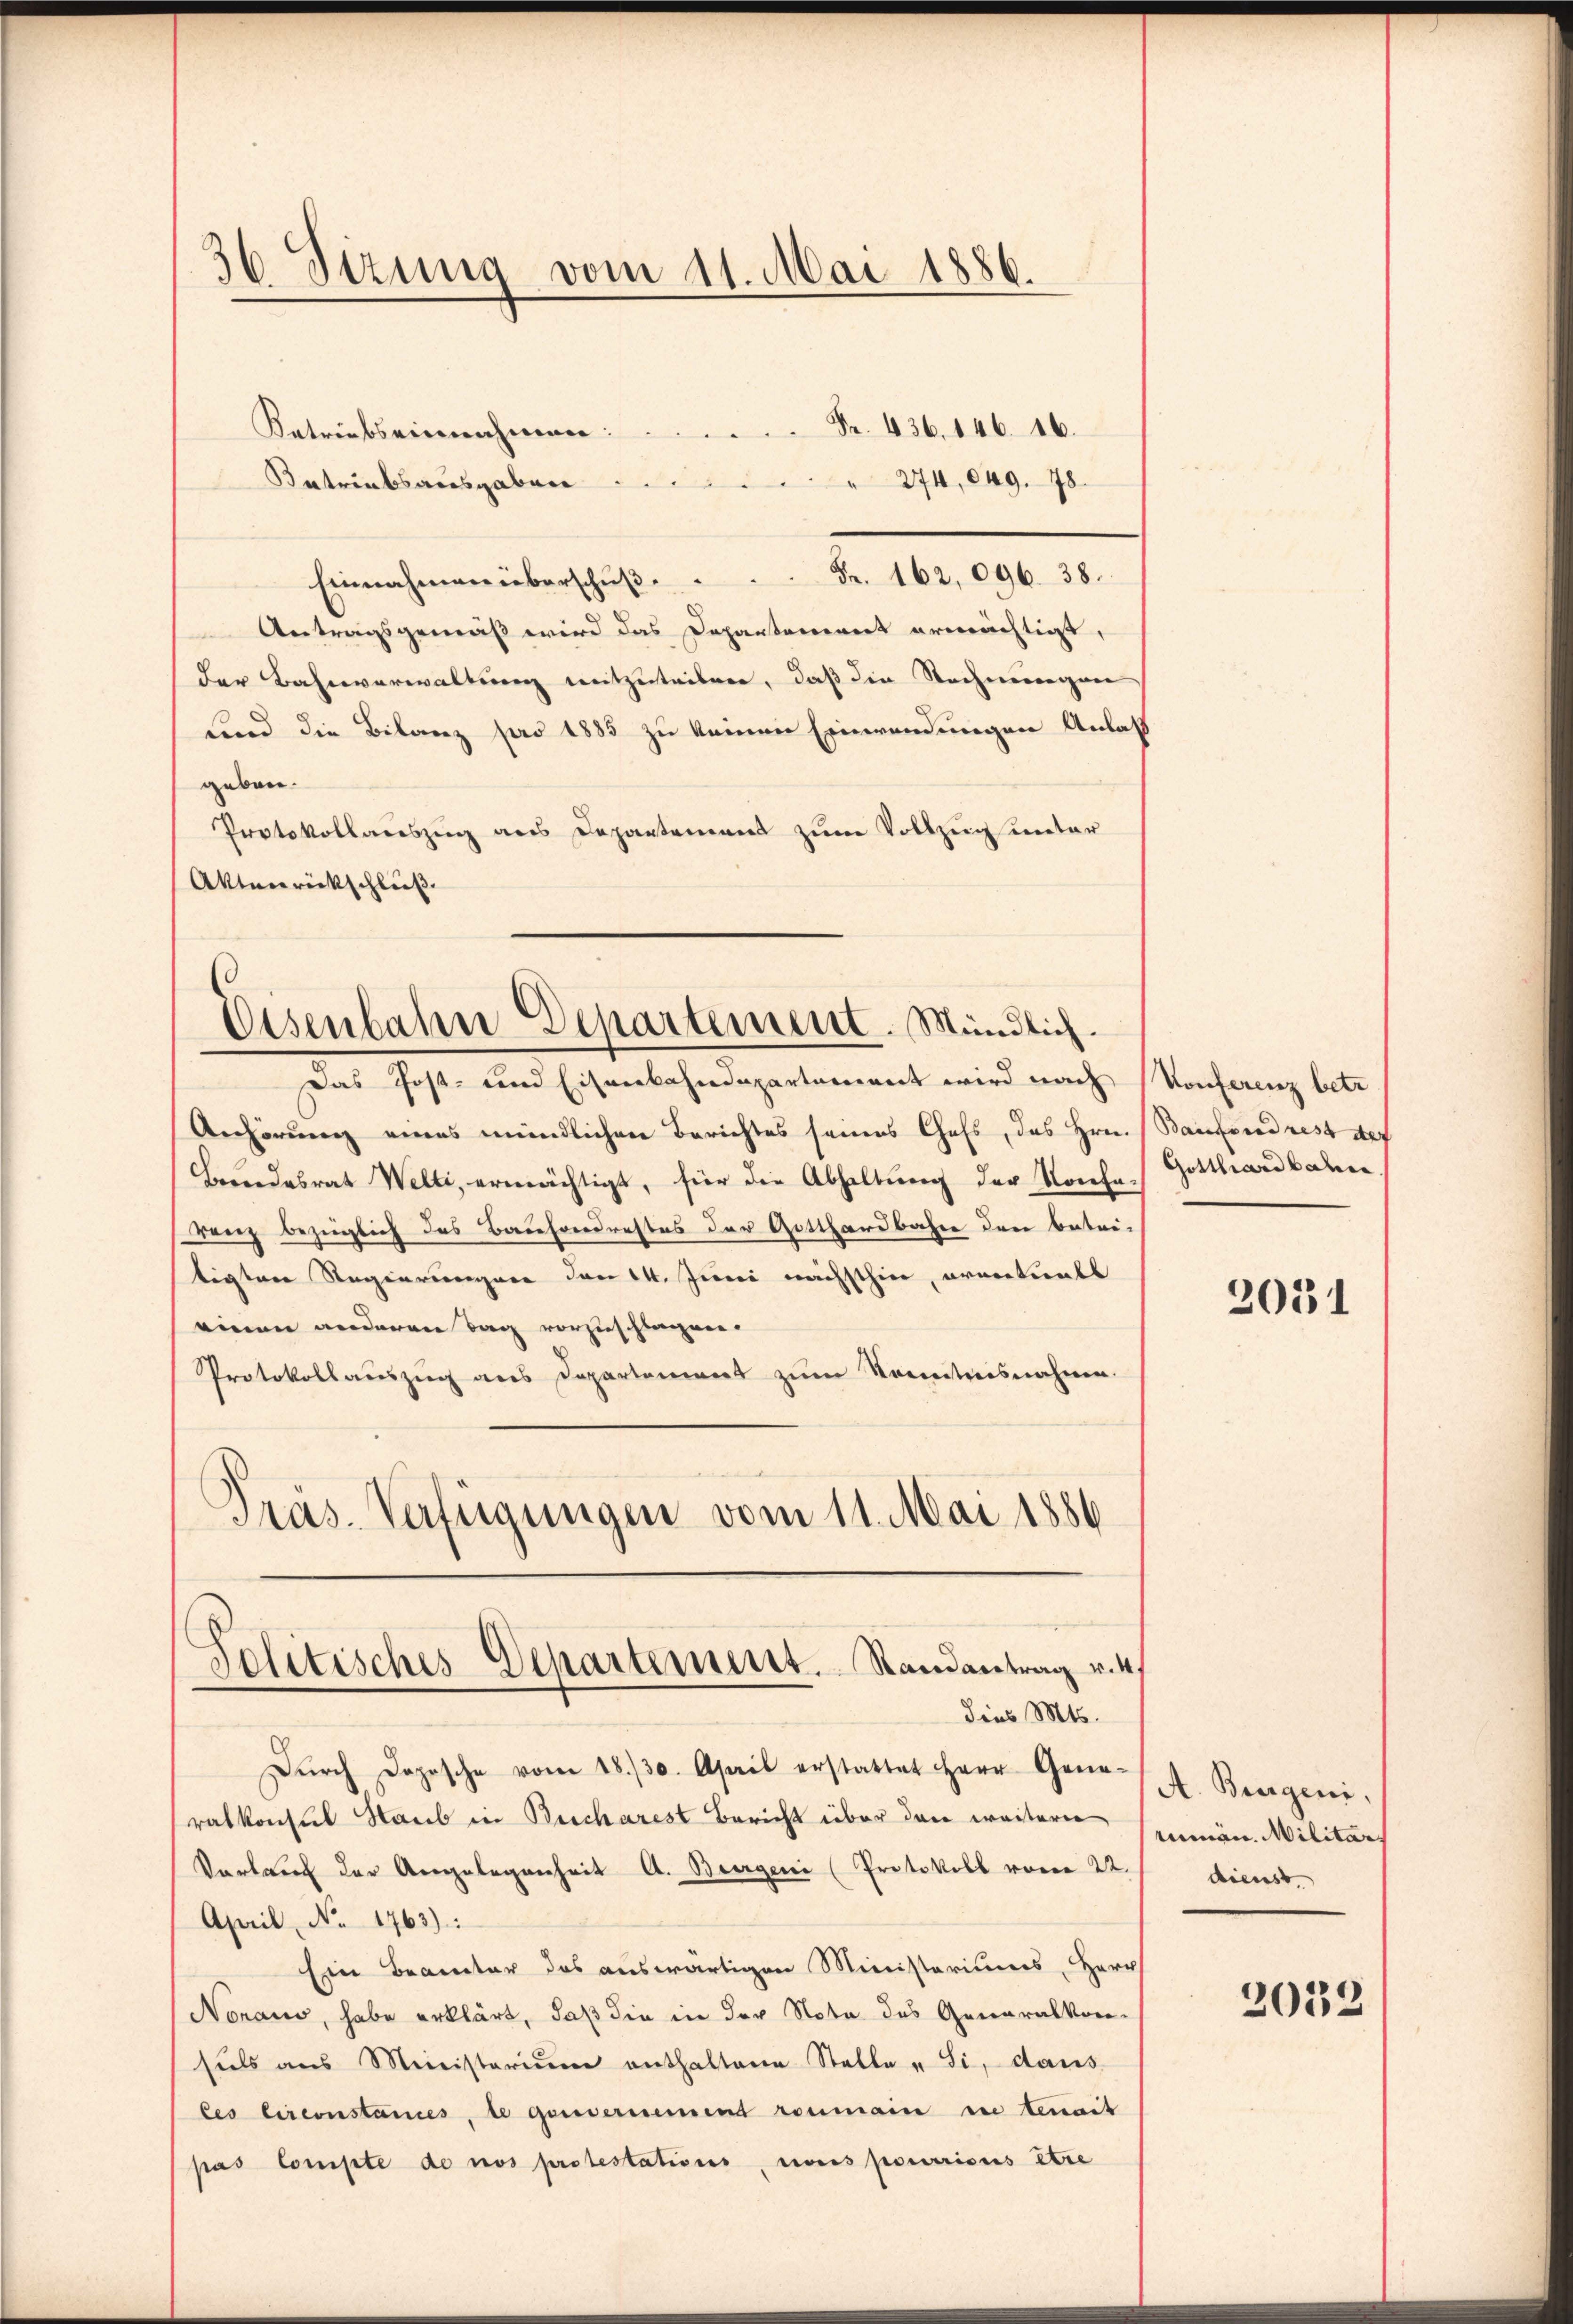
Ketriebseinnahmen:
Betriebsausgaben
274,049. 78.
Einnahmen überschŭβ.  ..  ..  ..  Fr. 162, 096. 38.
Antragsgemäß wird das Departement ermächtigt,
der Bahnverwaltung mitzuteilen, daß die Stechnungen
sind die Bilanz pro 1885 zu keinen Einwendungen Anlaß
geben.
Protokollauszug aus Departemens zum Vollzug unter
Aktenrückschluß.

36 Dezung vom 11. Mai 1886.

Fr. 436. 146. 16.

Das Post- und Eisenbahndepartement wird nach Konferenz betr.
Anhörŭng eines mündlichen Berichtes seines Chefs, das Hrn. Bautend rest der
Brandesrat Welti, ermächtigt, für die Abhaltung der Konfe- Gotthardbaher
renz bezüglich das Bauhondrestes der Gotthardbahne den betritigten Regierungen den 14. Juni nächsthin, errectuals
einen anderen Tag vorzuschlagen.
Protokollauszug aus Departement zum Kenntnisnahme.
Pras. Verfügungen vom 11. Mai 1886

Eisenbahn Departement. Mündlich.

Politisches Departement. Randantrag v. 4.
dies Mts.

Dŭrch Dopische vom 18./30. April erstattet Herr Gem. Bergeni
ratkonsul Staub in Bucharest Bericht über den weitere
Vortref der Angelegenheit A. Burgen (Protokoll voren 22.
April, No 1763):
Ein Beamter das auswärtigen Ministeriums Herr
Noraus, habe erklärt, daß die in der Nota des Generalkon-
sils aus Ministerium enthaltene Stelle u Si, dans
Ces Circonstances, te gouvernement romain die tenait
pas Compte de nos protestations, nous pourrious être

2031

rumän. Militärs
dienst

2038